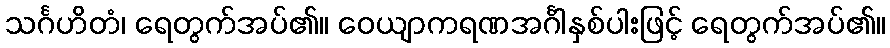
သင်္ဂဟိတံ၊ ရေတွက်အပ်၏။ ဝေယျာကရဏအင်္ဂါနှစ်ပါးဖြင့် ရေတွက်အပ်၏။